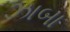
ઝાબા